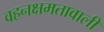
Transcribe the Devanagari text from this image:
वहनक्षमतावाली